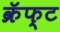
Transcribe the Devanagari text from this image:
क्रॅफ्ट